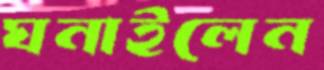
ঘনাইলেন